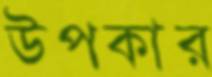
উপকার